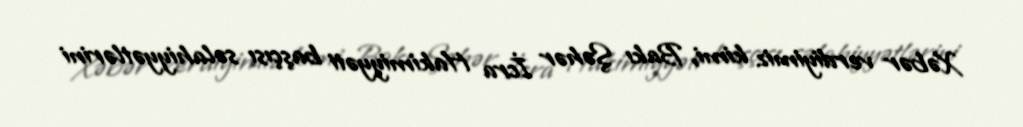
Xəbər verdiyimiz kimi, Bakı Şəhər İcra Hakimiyyəti başçısı səlahiyyətlərini